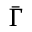
\scriptstyle { \bar { \Gamma } }